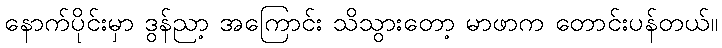
နောက်ပိုင်းမှာ ဒွန်ညာ့ အကြောင်း သိသွားတော့ မာဖာက တောင်းပန်တယ်။